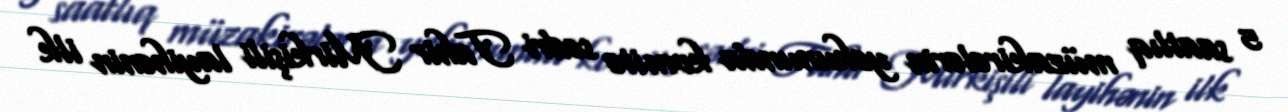
5 saatlıq müzakirələrin yekununda komitə sədri Tahir Mirkişili layihənin ilk